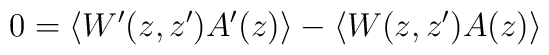
0 = \langle W^{\prime}(z,z')A^{\prime}(z)\rangle -  \langle W(z,z')A(z)\rangle